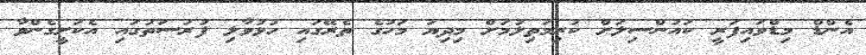
އެންޑް މިޑްވައިފަރީ ކައުންސިލަށް ކުރިމަތިލުމަށް މިދިޔަ މަހުގެ ތެރޭގައި ހުޅުވާލި ފުރުސަތުގައި އެކަށީގެންވާ